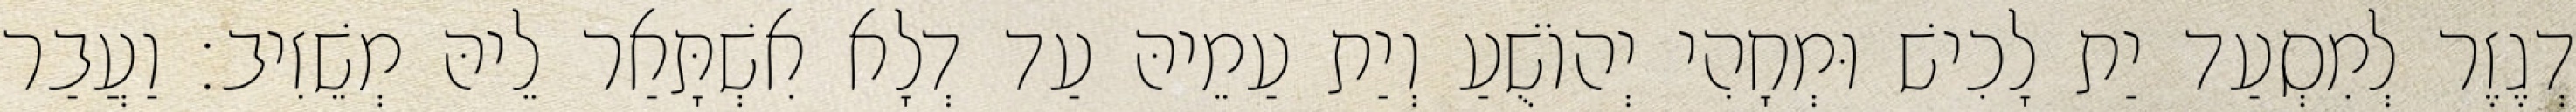
דְגֶזֶר לְמִסְעַד יַת לָכִישׁ וּמְחָהִי יְהוֹשֻׁעַ וְיַת עַמֵיהּ עַד דְלָא אִשְׁתָּאַר לֵיהּ מְשֵׁזִיב׃ וַעֲבַר